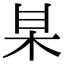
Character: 𭩱